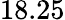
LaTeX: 18.25